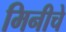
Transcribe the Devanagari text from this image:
मिनीचे